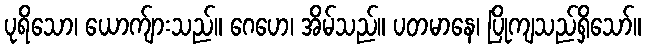
ပုရိသော၊ ယောက်ျားသည်။ ဂေဟေ၊ အိမ်သည်။ ပတမာနေ၊ ပြိုကျသည်ရှိသော်။